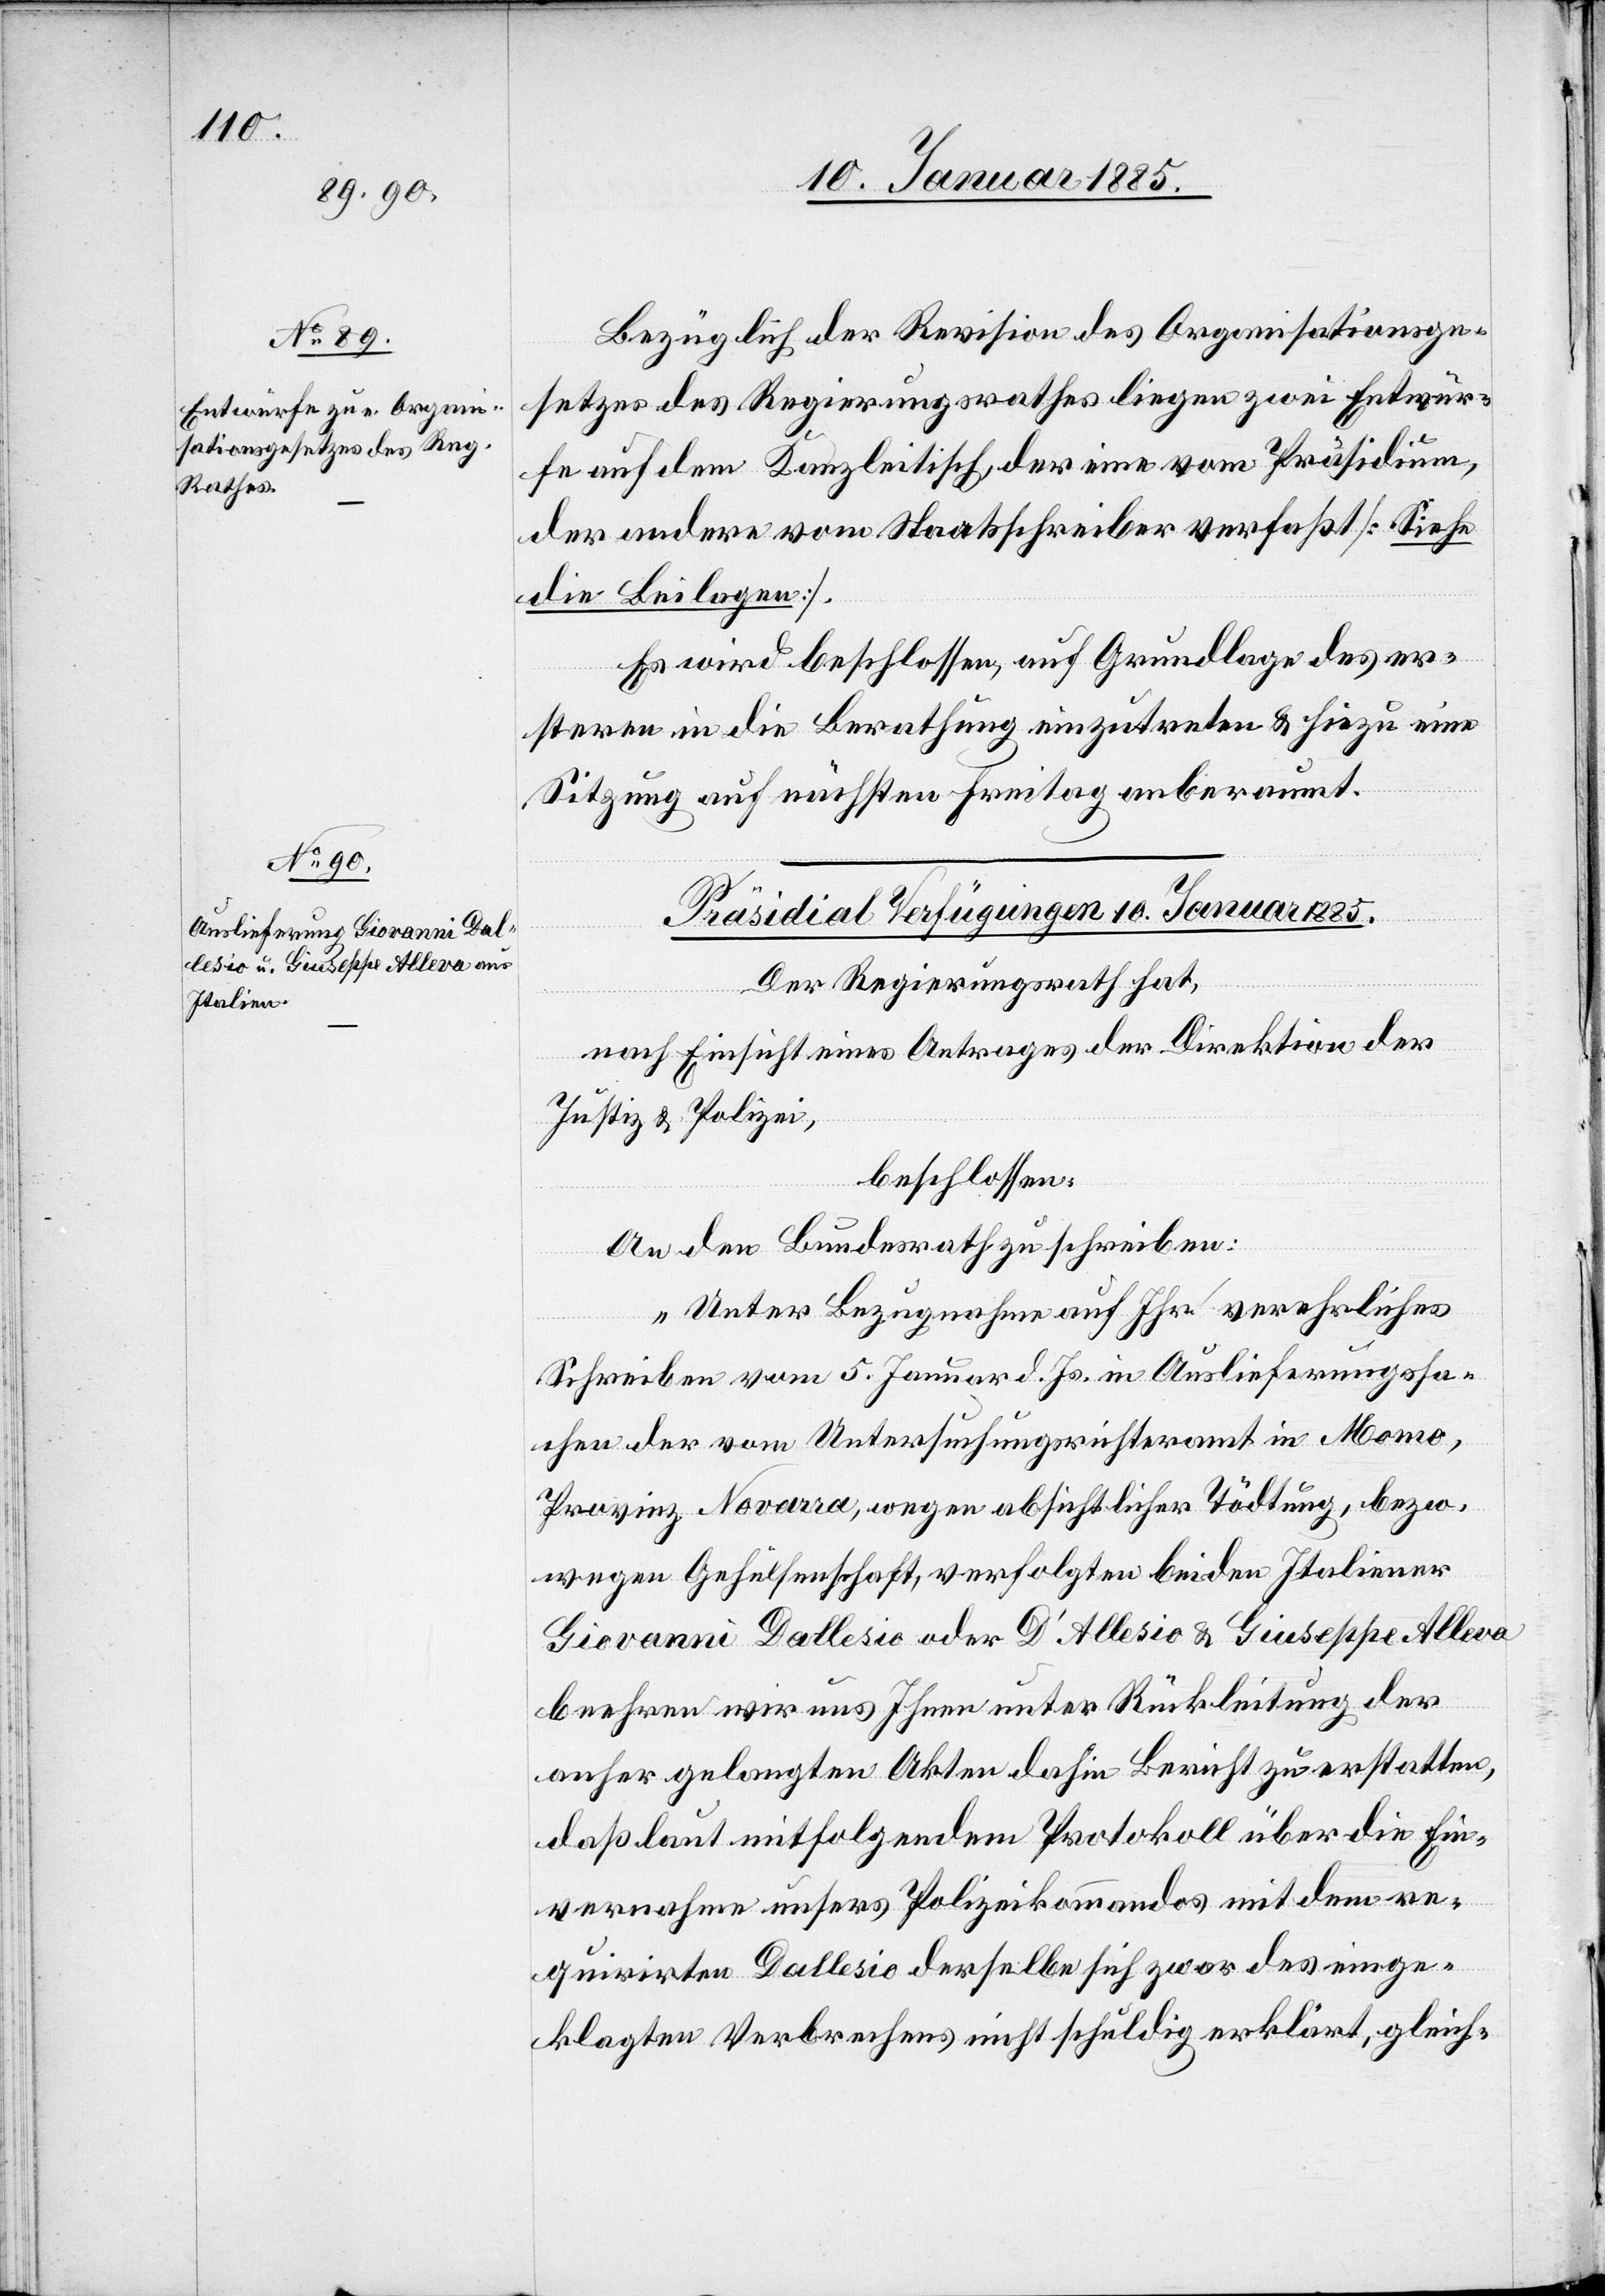
Bezüglich der Revision des Organisationsge¬
setzes des Regierungsrathes liegen zwei Entwür¬
fe auf dem Kanzleitisch, der eine vom Präsidium,
der andere vom Staatsschreiber verfaßt [Siehe
die Beilagen].
Es wird beschlossen, auf Grundlage des er¬
steren in die Berathung einzutreten & hiezu eine
Sitzung auf nächsten Freitag anberaumt.
Präsidial Verfügungen 10. Januar 1885.
Der Regierungsrath hat,
nach Einsicht eines Antrages der Direktion der
Justiz & Polizei,
beschlossen:
An den Bundesrath zu schreiben:
„Unter Bezugnahme auf Ihr verehrliches
Schreiben vom 5. Januar d. Js. in Auslieferungssa¬
chen der vom Untersuchungsrichteramt in Momo,
Provinz Novara, wegen absichtlicher Tödtung, bezw.
wegen Gehülfenschaft, verfolgten beiden Italiener
Giovanni Dallesio oder D’Allesio & Giuseppe Alleva
beehren wir uns Ihnen unter Rückleitung der
anhergelangten Akten dahin Bericht zu erstatten,
daß laut mitfolgendem Protokoll über die Ein¬
vernahmen unsers Polizeikommandos mit dem re¬
quirirten Dallesio derselbe sich zwar des einge¬
klagten Verbrechens nicht schuldig erklärt, gleich-